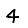
Digit: 4